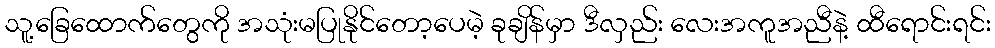
သူ့ခြေထောက်တွေကို အသုံးမပြုနိုင်တော့ပေမဲ့ ခုချိန်မှာ ဒီလှည်း လေးအကူအညီနဲ့ ထီရောင်းရင်း